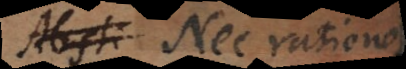
Absti Nec rationes